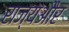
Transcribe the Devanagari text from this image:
राज्यऔर